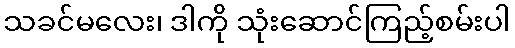
သခင်မလေး၊ ဒါကို သုံးဆောင်ကြည့်စမ်းပါ